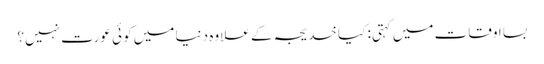
بسا اوقات میں کہتی: کیا خدیجہ کے علاوہ دنیا میں کوئی عورت نہیں؟